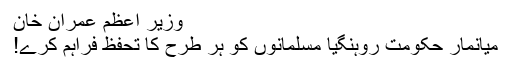
وزیر اعظم عمران خان
میانمار حکومت روہنگیا مسلمانوں کو ہر طرح کا تحفظ فراہم کرے!